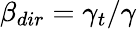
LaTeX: \beta_{dir}=\gamma_{t}/\gamma